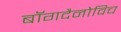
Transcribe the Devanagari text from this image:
बॉगदैनोविच